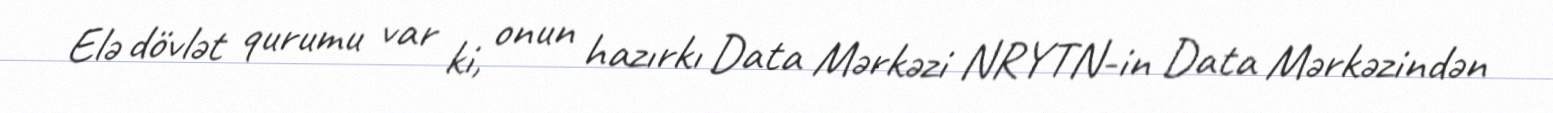
Elə dövlət qurumu var ki, onun hazırkı Data Mərkəzi NRYTN-in Data Mərkəzindən